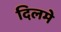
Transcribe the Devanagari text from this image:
दिलमे